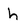
Character: h